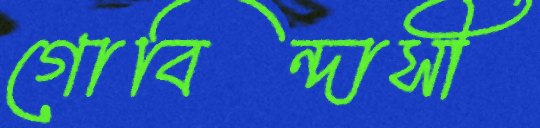
গোবিন্দাসী